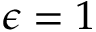
\epsilon = 1